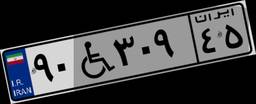
۹۰W۳۰۹۴۵